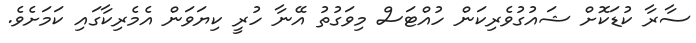
ސާރާ ކުޑަކޮށް ޝައުގުވެރިކަން ހުއްޓަސް މިވަގުތު އޭނާ ހުރީ ކިޔަވަން އެމެރިކާގައި ކަމަށެވެ.